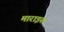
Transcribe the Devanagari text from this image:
माराइस